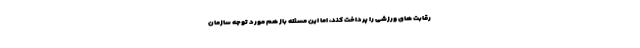
رقابت های ورزشی را پرداخت کند، اما این مسئله باز هم مورد توجه سازمان